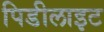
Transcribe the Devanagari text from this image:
पिडीलाइट